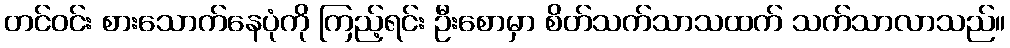
တင်ဝင်း စားသောက်နေပုံကို ကြည့်ရင်း ဦးစောမှာ စိတ်သက်သာသထက် သက်သာလာသည်။